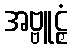
အဗ္ဗူဠှံ